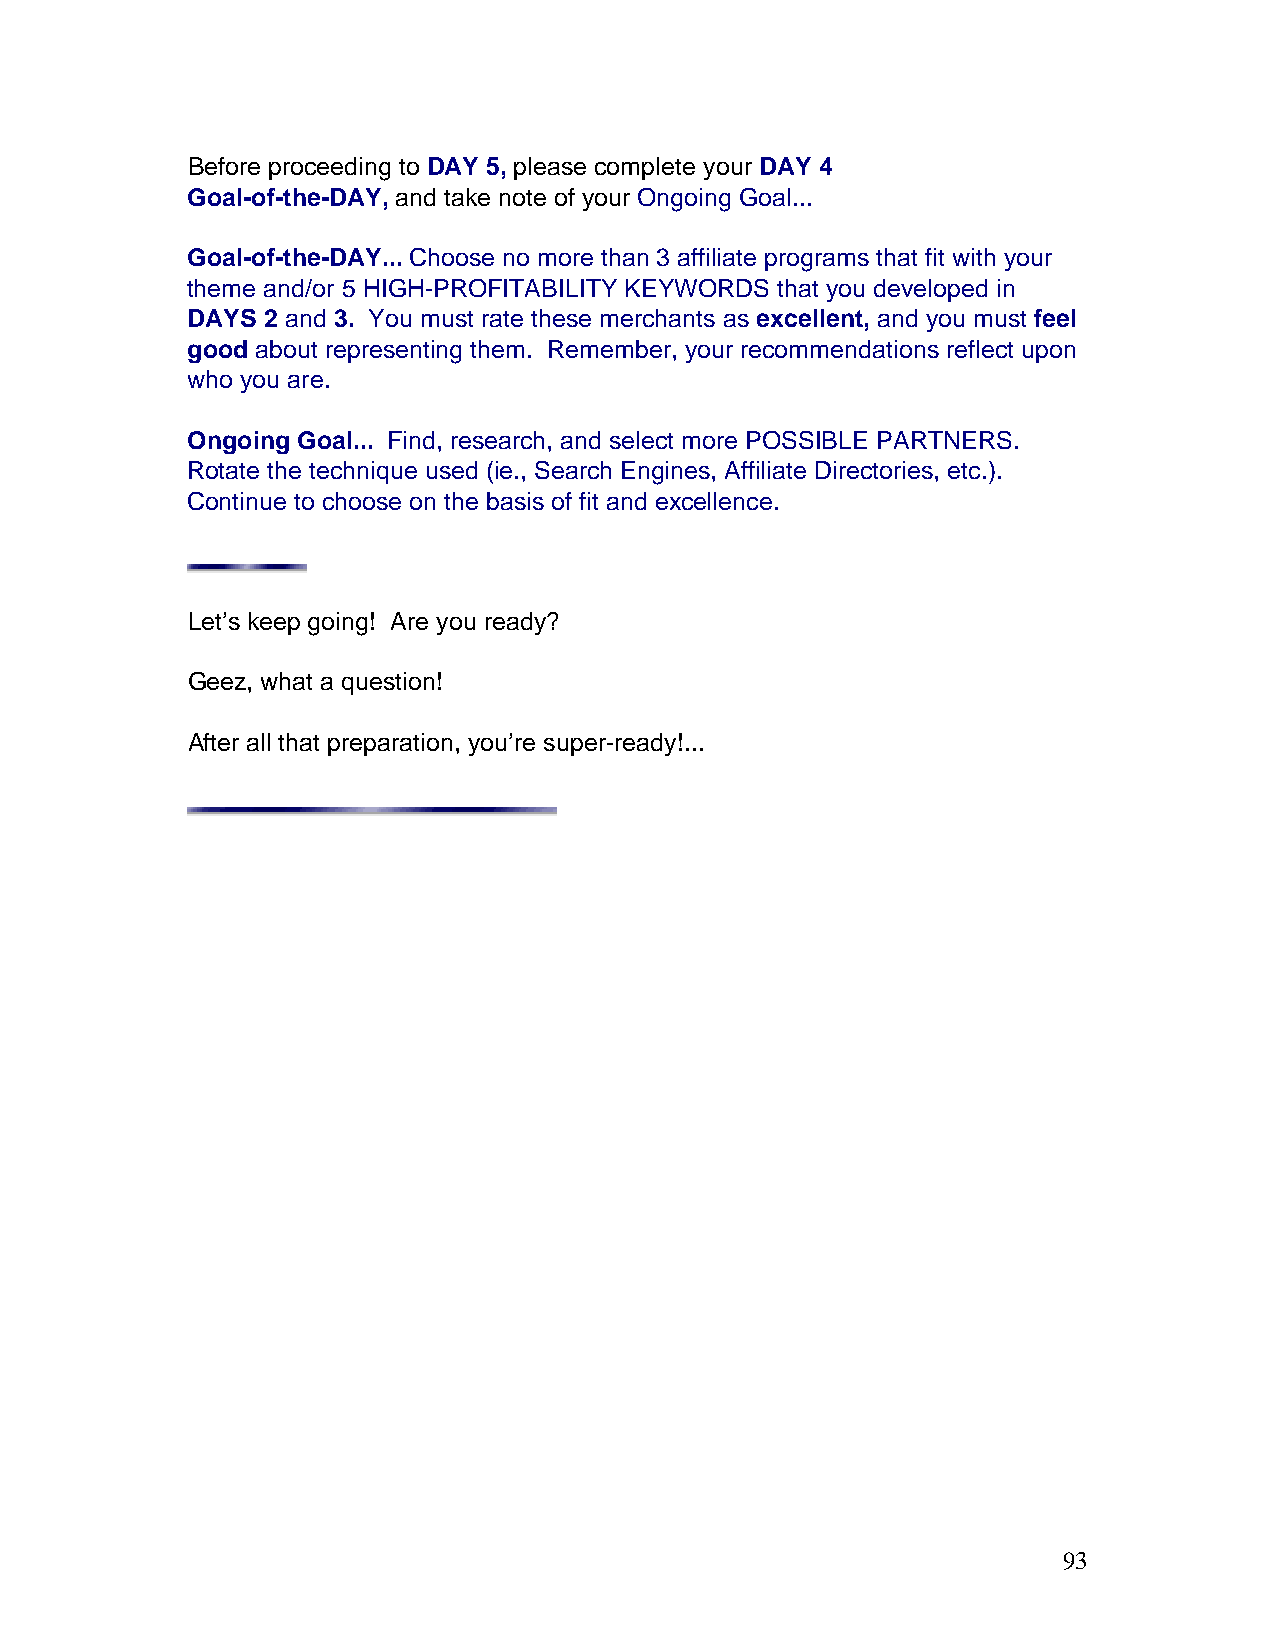
Before proceeding to DAY 5, please complete your DAY 4
 Goal-of-the-DAY, and take note of your Ongoing Goal...
 Goal-of-the-DAY... Choose no more than 3 affiliate programs that fit with your
 theme and/or 5 HIGH-PROFITABILITY KEYWORDS that you developed in
 DAYS 2 and 3. You must rate these merchants as excellent, and you must feel
 good about representing them. Remember, your recommendations reflect upon
 who you are.
 Ongoing Goal... Find, research, and select more POSSIBLE PARTNERS.
 Rotate the technique used (ie., Search Engines, Affiliate Directories, etc.).
 Continue to choose on the basis of fit and excellence.
 Let’s keep going! Are you ready?
 Geez, what a question!
 After all that preparation, you’re super-ready!...
 93